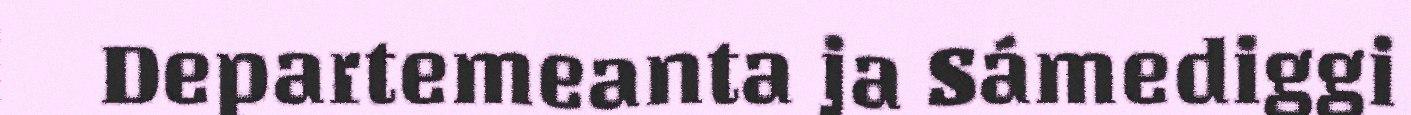
Departemeanta ja Sámediggi